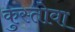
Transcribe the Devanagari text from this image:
कुस्तोवा